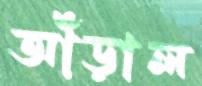
আঁড়াল